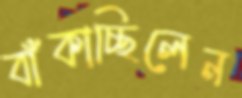
বাঁকাচ্ছিলেন